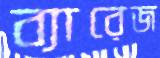
ব্যারেজ